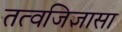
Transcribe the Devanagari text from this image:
तत्वजिज्ञासा